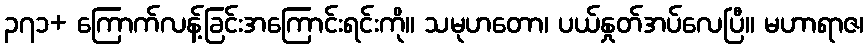
၃၇၁+ ကြောက်လန့်ခြင်းအကြောင်းရင်းကို။ သမုဟတော၊ ပယ်နှုတ်အပ်လေပြီ။ မဟာရာဇ၊